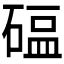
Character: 𬒖